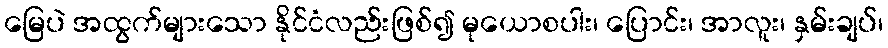
မြေပဲ အထွက်များသော နိုင်ငံလည်းဖြစ်၍ မုယောစပါး၊ ပြောင်း၊ အာလူး၊ နှမ်းချပ်၊